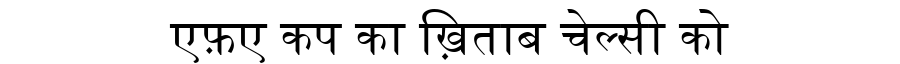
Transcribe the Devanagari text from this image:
एफ़ए कप का ख़िताब चेल्सी को